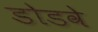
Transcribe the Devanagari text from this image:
डोडवे